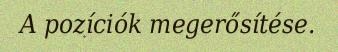
A pozíciók megerősítése.